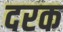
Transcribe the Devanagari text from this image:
दरक